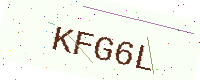
Text: KFG6L